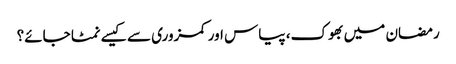
رمضان میں بھوک، پیاس اور کمزوری سے کیسے نمٹا جائے؟